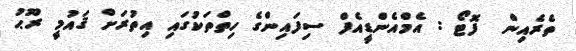
ތެރެއިން  ފޮޓޯ : އެމްއެންޑީއެފް ސިފައިންގެ ހިތްްތަކުގައި އިތުރަށް ޤައުމީ ރޫޙު